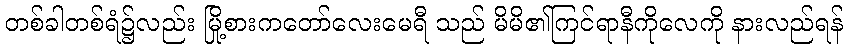
တစ်ခါတစ်ရံ၌လည်း မြို့စားကတော်လေးမေရီ သည် မိမိ၏ကြင်ရာနီကိုလေကို နားလည်ရန်